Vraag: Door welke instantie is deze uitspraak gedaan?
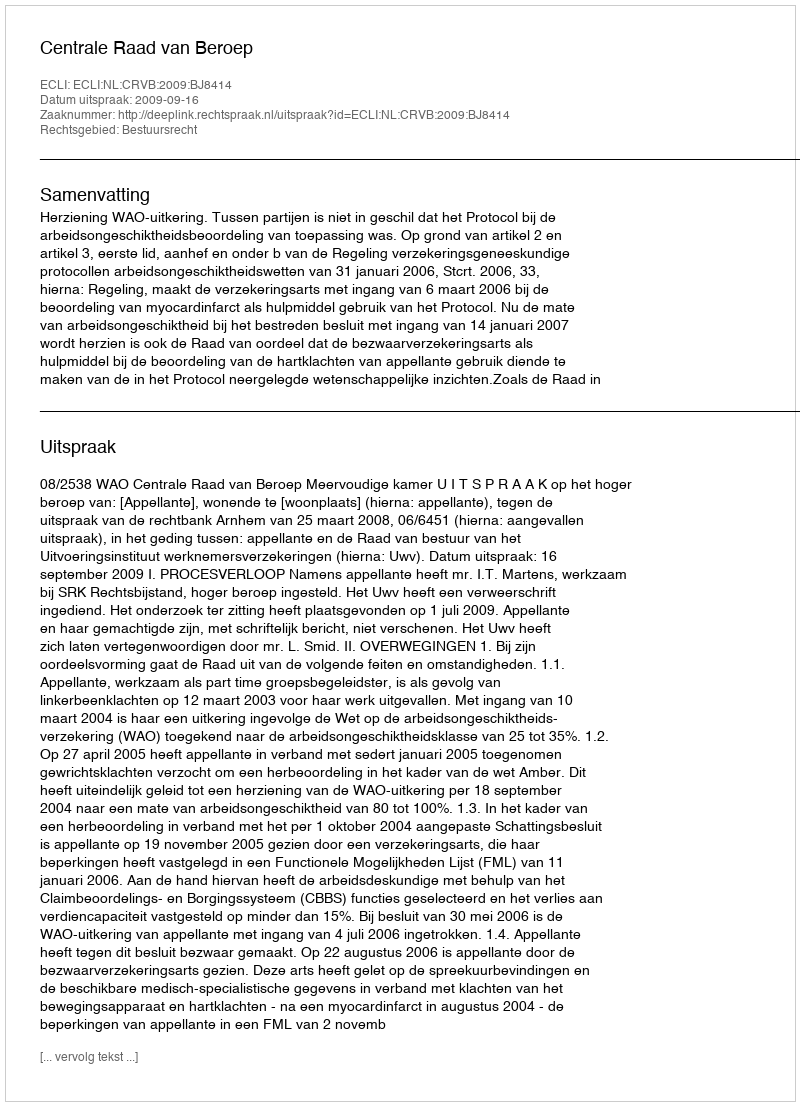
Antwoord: Centrale Raad van Beroep